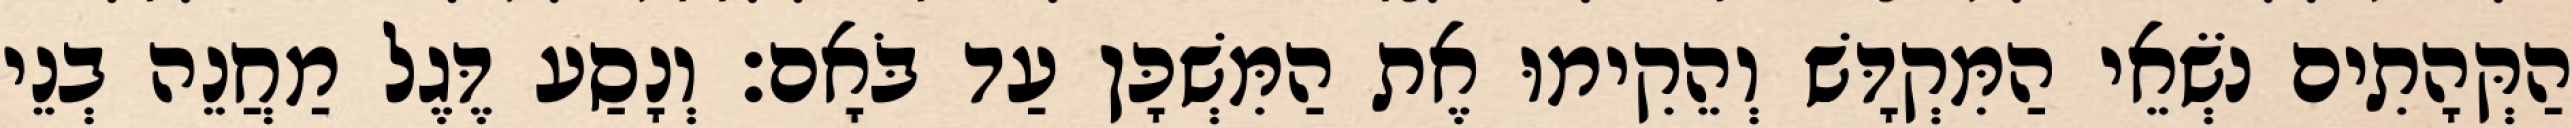
הַקְּהָתִים נֹשְׂאֵי הַמִּקְדָּשׁ וְהֵקִימוּ אֶת הַמִּשְׁכָּן עַד בֹּאָם׃ וְנָסַע דֶּגֶל מַחֲנֵה בְנֵי